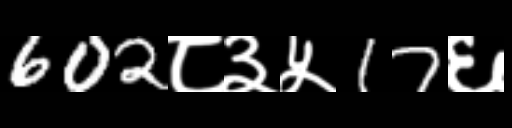
Text: 602८३५17६